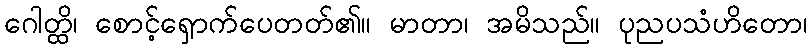
ဂေါတ္ထိ၊ စောင့်ရှောက်ပေတတ်၏။ မာတာ၊ အမိသည်။ ပုညပသံဟိတော၊